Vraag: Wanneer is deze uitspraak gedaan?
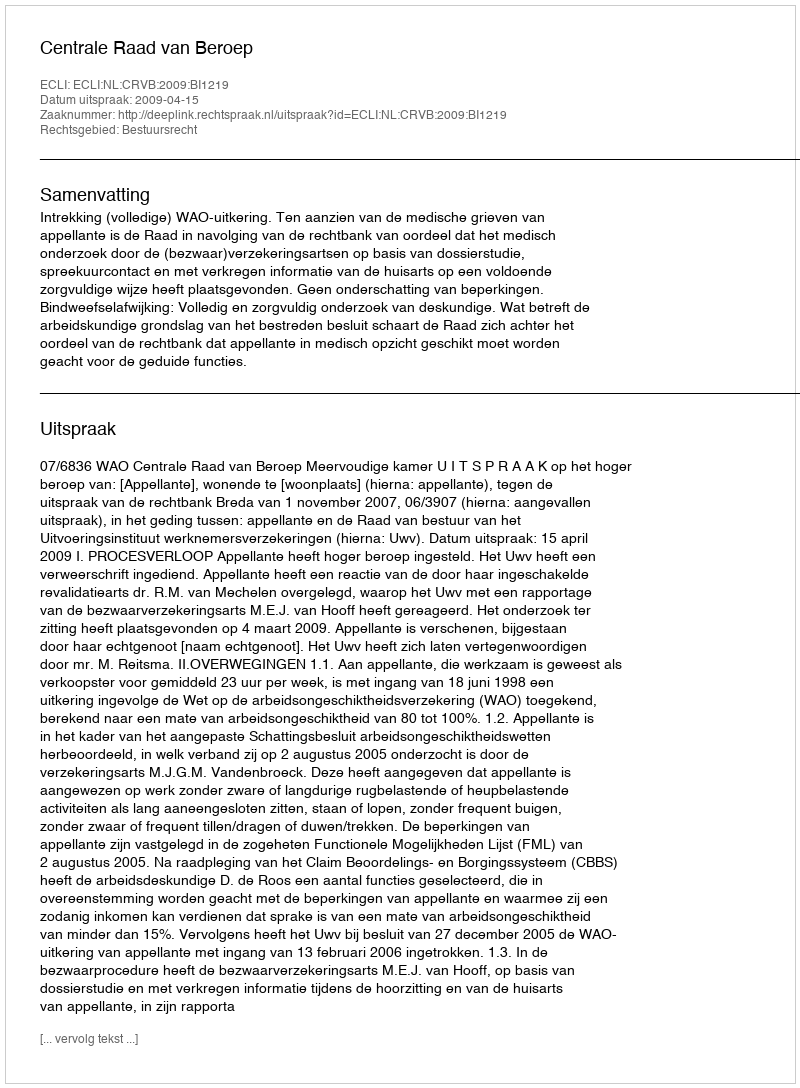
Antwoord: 2009-04-15